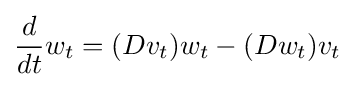
{\frac {d}{dt}}w_{t}=(Dv_{t})w_{t}-(Dw_{t})v_{t}